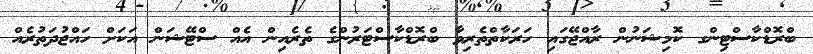
ބްރޮޑްކާސްޓިންގ ކޮމިޝަނުން ރާއްޖޭގައި ހަރަކާތްތެރިވާ ބްރޮޑްކާސްޓަރުންގެ ތެރެއިން އެއް ސްޓޭޝަން އަކަށް ހައްޖުދަތުރެއް